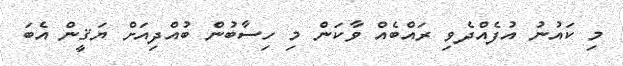
މި ކައުނު އުފެއްދެވި ރައްބެއް ވާކަން މި ހިސާބުން ބުއްދިއަށް ޔަޤީން އެބަ